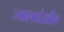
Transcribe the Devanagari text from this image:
ज्यालादेखील